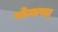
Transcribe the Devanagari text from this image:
भोजावत्